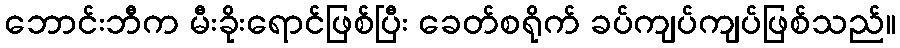
ဘောင်းဘီက မီးခိုးရောင်ဖြစ်ပြီး ခေတ်စရိုက် ခပ်ကျပ်ကျပ်ဖြစ်သည်။